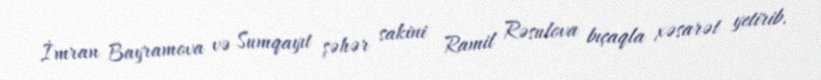
İmran Bayramova və Sumqayıt şəhər sakini Ramil Rəsulova bıçaqla xəsarət yetirib.